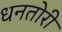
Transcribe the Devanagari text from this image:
धनतोरी